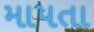
માપતા